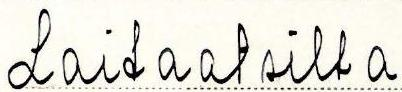
Laitaatsilta